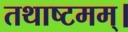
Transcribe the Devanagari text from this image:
तथाष्टमम्।